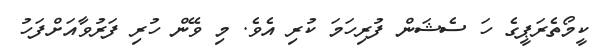
ކީމޯތެރަޕީގެ ހަ ސެޝަން ފުރިހަމަ ކުރި އެވެ. މި ވޭން ހުރި ފަރުވާއަށްފަހު